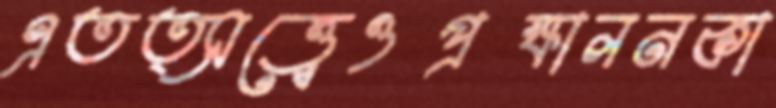
এতত্সত্ত্বেওপ্রক্ষালনকা